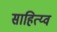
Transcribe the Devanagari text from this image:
साहित्य्व